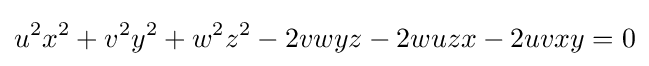
u^{2}x^{2}+v^{2}y^{2}+w^{2}z^{2}-2vwyz-2wuzx-2uvxy=0